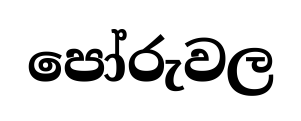
පෝරුවල